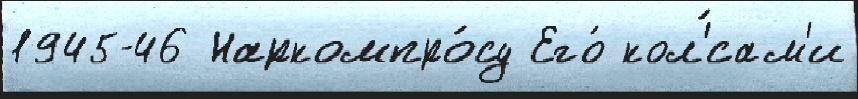
1945-46 Наркомпро́су Его́ кол'́сам'и